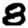
Digit: 8